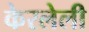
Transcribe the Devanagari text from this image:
केरलेली